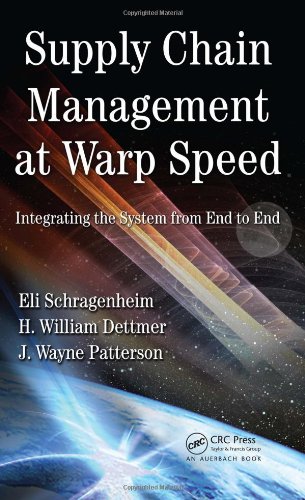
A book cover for Supply Chain Management at Warp Speed: Integrating the System from End to End; Eli Schragenheim; Business & Money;